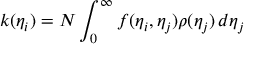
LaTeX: k ( \eta _ { i } ) = N \int _ { 0 } ^ { \infty } f ( \eta _ { i } , \eta _ { j } ) \rho ( \eta _ { j } ) \, d \eta _ { j }